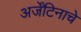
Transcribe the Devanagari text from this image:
अर्जेंटिनाचे